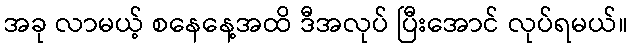
အခု လာမယ့် စနေနေ့အထိ ဒီအလုပ် ပြီးအောင် လုပ်ရမယ်။